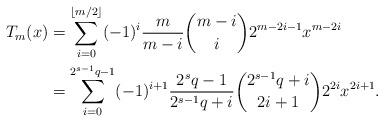
LaTeX: \begin{align*} T_{m}(x) &= \sum_{i=0}^{\lfloor m/2 \rfloor}(-1)^{i}\frac{m}{m-i}{m-i\choose i} 2^{m-2i-1}x^{m-2i} \\ &= \sum_{i=0}^{2^{s-1}q-1}(-1)^{i+1}\frac{2^{s}q-1}{ 2^{s-1}q+i}{2^{s-1}q+i\choose 2i+1}2^{2i}x^{2i+1}. \end{align*}